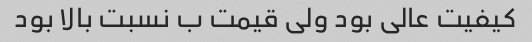
کیفیت عالی بود ولی قیمت ب نسبت بالا بود